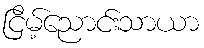
ငြိမ့်ညောင်းသာယာ